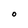
Character: O